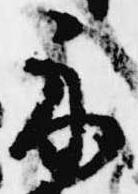
示